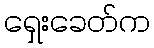
ရှေးခေတ်က